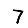
Digit: 7